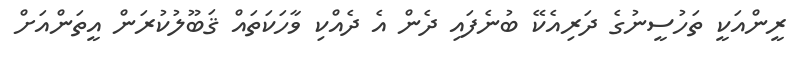
ރީންއަކީ ތަހުސީނުގެ ދަރިއެކޭ ބުނެފައި ދެން އެ ދެއްކި ވާހަކަތައް ޤަބޫލުކުރަން އީތަންއަށް